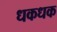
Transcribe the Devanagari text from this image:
धकधक